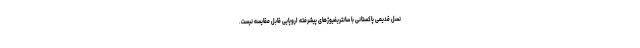
نسل قدیمی پاکستانی با سانتریفیوژهای پیشرفته اروپایی قابل مقایسه نیست.